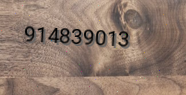
914839013